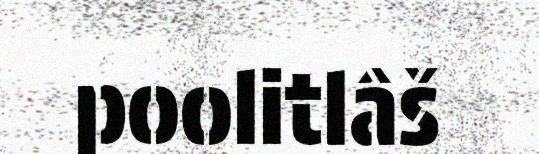
poolitlâš